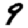
Digit: 9